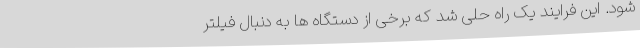
شود. این فرایند یک راه حلی شد که برخی از دستگاه ها به دنبال فیلتر